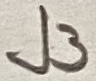
Text: J3